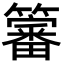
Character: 𮆳